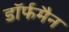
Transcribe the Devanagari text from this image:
डॉर्फमैन